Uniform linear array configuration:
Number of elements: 64
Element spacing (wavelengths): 0.25
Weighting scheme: cosine
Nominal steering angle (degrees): -15
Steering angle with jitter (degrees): -14.965
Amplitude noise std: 0.05
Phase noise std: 0.05

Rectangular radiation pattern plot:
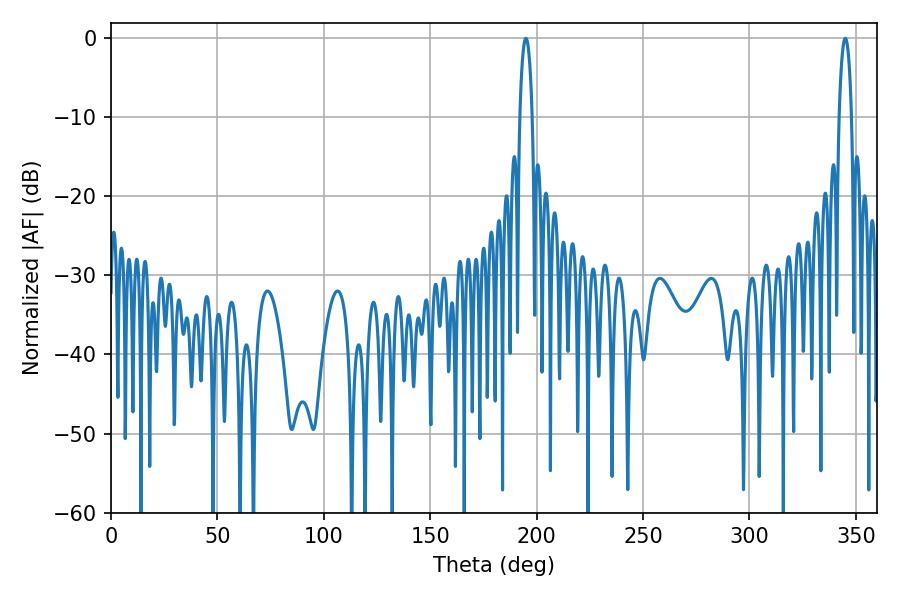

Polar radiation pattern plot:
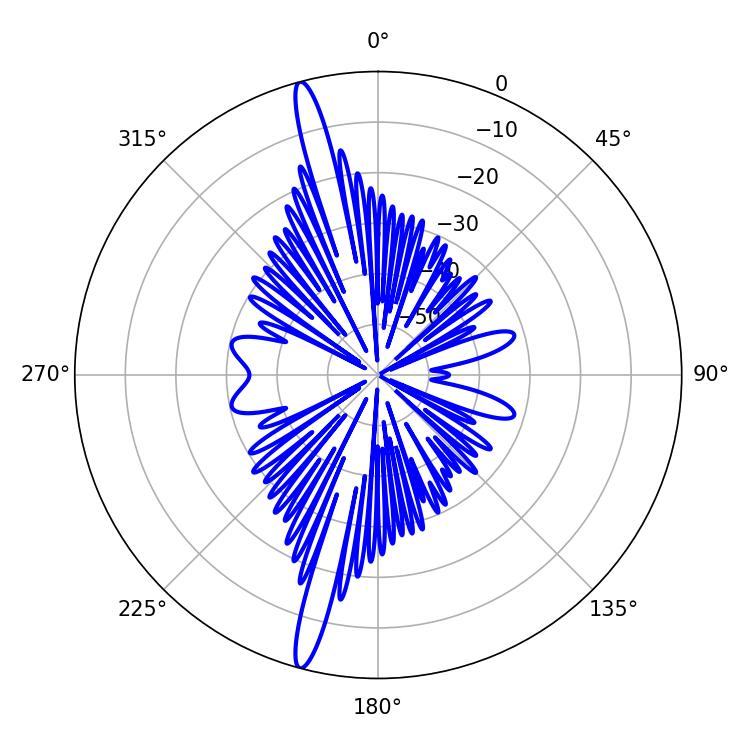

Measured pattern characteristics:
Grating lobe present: FALSE
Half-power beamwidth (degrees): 3.24
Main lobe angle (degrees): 194.94